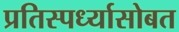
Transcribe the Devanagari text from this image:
प्रतिस्पर्ध्यासोबत